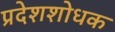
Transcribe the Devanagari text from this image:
प्रदेशशोधक